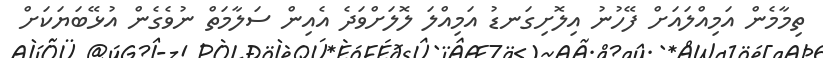
ތިމާމެން އަމިއްލައަށް ފޭހުނު އިލޮށިގަނޑު އަމިއްލަ ލޮލަށްވަދެ އެއިން ސަލާމަތް ނުވެގެން އުޅޭބަޔަކަށް